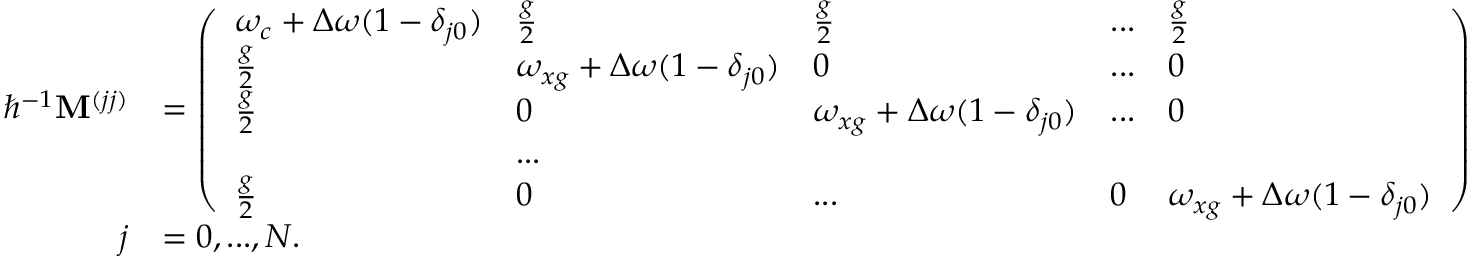
\begin{array} { r l } { \hbar ^ { - 1 } \mathbf { M } ^ { ( j j ) } } & { = \left( \begin{array} { l l l l l } { \omega _ { c } + \Delta \omega ( 1 - \delta _ { j 0 } ) } & { \frac { g } { 2 } } & { \frac { g } { 2 } } & { . . . } & { \frac { g } { 2 } } \\ { \frac { g } { 2 } } & { \omega _ { x g } + \Delta \omega ( 1 - \delta _ { j 0 } ) } & { 0 } & { . . . } & { 0 } \\ { \frac { g } { 2 } } & { 0 } & { \omega _ { x g } + \Delta \omega ( 1 - \delta _ { j 0 } ) } & { . . . } & { 0 } \\ & { . . . } \\ { \frac { g } { 2 } } & { 0 } & { . . . } & { 0 } & { \omega _ { x g } + \Delta \omega ( 1 - \delta _ { j 0 } ) } \end{array} \right) } \\ { j } & { = 0 , . . . , N . } \end{array}